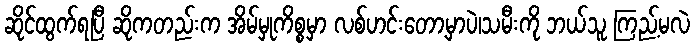
ဆိုင်ထွက်ရပြီ ဆိုကတည်းက အိမ်မှုကိစ္စမှာ လစ်ဟင်းတော့မှာပဲ၊သမီးကို ဘယ်သူ ကြည့်မလဲ